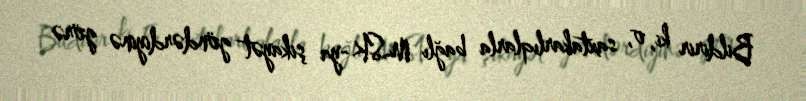
Bildirir ki, o, saxtakarlıqlarla bağlı MSK-ya şikayət göndərdiyinə görə